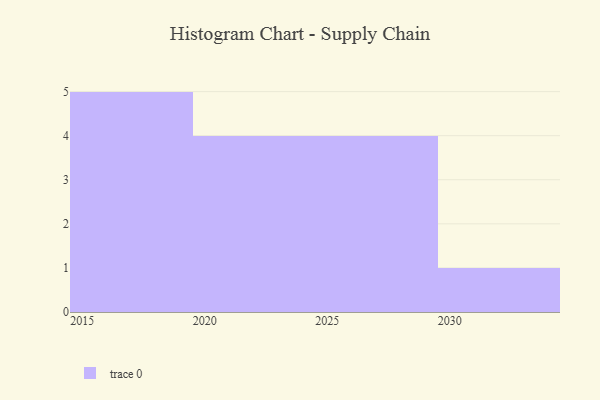
{"axis": {"x": "Year", "y": "Energy Usage (MWh)"}, "legend": [""], "data": [{"x": "2023", "y": 8, "type": ""}, {"x": "2021", "y": 49, "type": ""}, {"x": "2016", "y": 33, "type": ""}, {"x": "2019", "y": 53, "type": ""}, {"x": "2018", "y": 42, "type": ""}, {"x": "2025", "y": 76, "type": ""}, {"x": "2017", "y": 1, "type": ""}, {"x": "2028", "y": 51, "type": ""}, {"x": "2024", "y": 74, "type": ""}, {"x": "2026", "y": 65, "type": ""}, {"x": "2022", "y": 100, "type": ""}, {"x": "2030", "y": 69, "type": ""}, {"x": "2015", "y": 33, "type": ""}, {"x": "2027", "y": 47, "type": ""}]}